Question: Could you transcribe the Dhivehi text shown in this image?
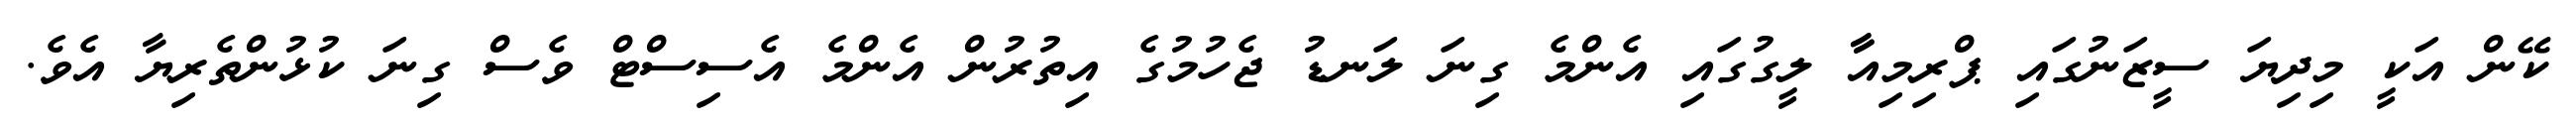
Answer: ކޭން އަކީ މިދިޔަ ސީޒަނުގައި ޕްރިމިއާާ ލީގުގައި އެންމެ ގިނަ ލަނޑު ޖެހުމުގެ އިތުރުން އެންމެ އެސިސްޓް ވެސް ގިނަ ކުޅުންތެރިޔާ އެވެ.